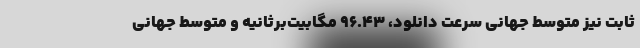
ثابت نیز متوسط جهانی سرعت دانلود، ۹۶.۴۳ مگابیت‌برثانیه و متوسط جهانی